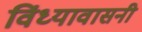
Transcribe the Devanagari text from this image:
विंध्यावासनी